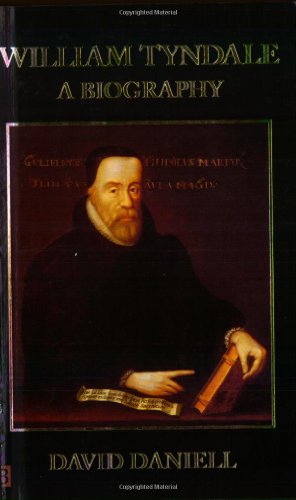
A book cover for William Tyndale: A Biography; David Daniell; Reference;